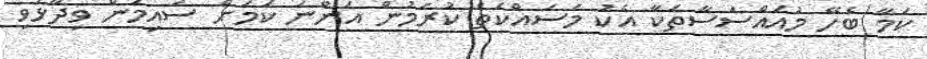
ކަމާ ބެހޭ މުއައްސަސާތަކާ އެކު މަސައްކަތް ކުރަމުން އަންނަ ކަމަށް ސައިމަން ވިދާޅުވި